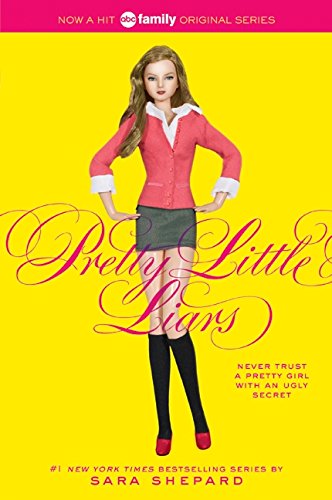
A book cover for Pretty Little Liars (Pretty Little Liars, Book 1); Sara Shepard; Teen & Young Adult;